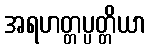
အရဟတ္တပ္ပတ္တိယာ